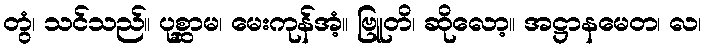
တွံ၊ သင်သည်။ ပုစ္ဆာမ၊ မေးကုန်အံ့။ ဗြူတိ၊ ဆိုလော့။ အဋ္ဌာနမေတ၊ လ၊